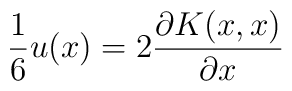
{1\over 6} u(x) = 2 {\partial K(x,x)\over \partial x}